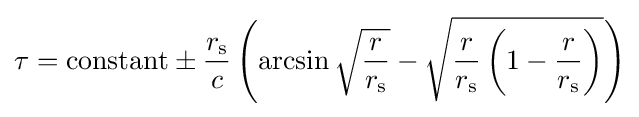
\tau ={\text{constant}}\pm {\frac {r_{\text{s}}}{c}}\left(\arcsin {\sqrt {\frac {r}{r_{\text{s}}}}}-{\sqrt {{\frac {r}{r_{\text{s}}}}\left(1-{\frac {r}{r_{\text{s}}}}\right)}}\right)